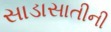
સાડાસાતીની